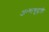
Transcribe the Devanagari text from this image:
अभ्यासूवृत्ती